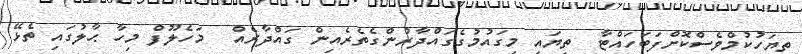
ތިޔަހުކުމްވެސްކޮށްފަބަހައްޓާ  ތިޔައީ މިގައުމުގެގައްދާރުންގެތެރެއިން ގައްދާރެއް  މަހެލޫފް މިހާ ޙާލުގައި ތެޅޭ